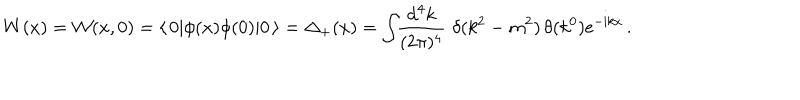
W ( x ) = { \cal W } ( x , 0 ) = \langle \, 0 | \phi ( x ) \phi ( 0 ) | 0 \, \rangle = \Delta _ { + } ( x ) = { \displaystyle \int \! \! \frac { \mathrm { d } ^ { 4 } k } { ( 2 \pi ) ^ { 4 } } } \, \, \delta ( k ^ { 2 } - m ^ { 2 } ) \, \theta ( k ^ { 0 } ) \mathrm { e } ^ { - \mathrm { i } k x } \, .